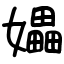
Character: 𪦮